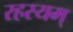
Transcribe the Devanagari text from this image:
रहस्यम्